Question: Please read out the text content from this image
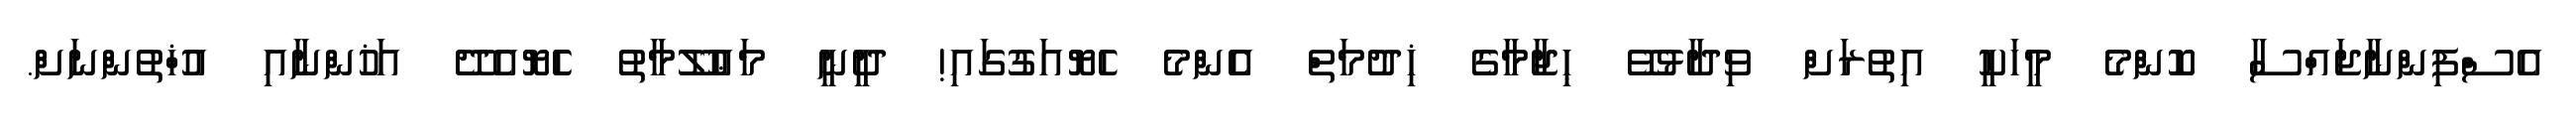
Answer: އެސްފިންނާޖައްސާ ކޮންމެ މީހަކީ އިތުރަށް ވިދާޅުވޭ ޙިޖާމާގެ ޚިދުމަތް އެެންމެ ހެޔޮއަގުގައި! ދީނީ މަޢުލޫމާތު ހެެޔޮއެދޭ އަޚުންނާއި އުޚްތުންނަށް.